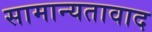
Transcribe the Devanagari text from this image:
सामान्यतावाद